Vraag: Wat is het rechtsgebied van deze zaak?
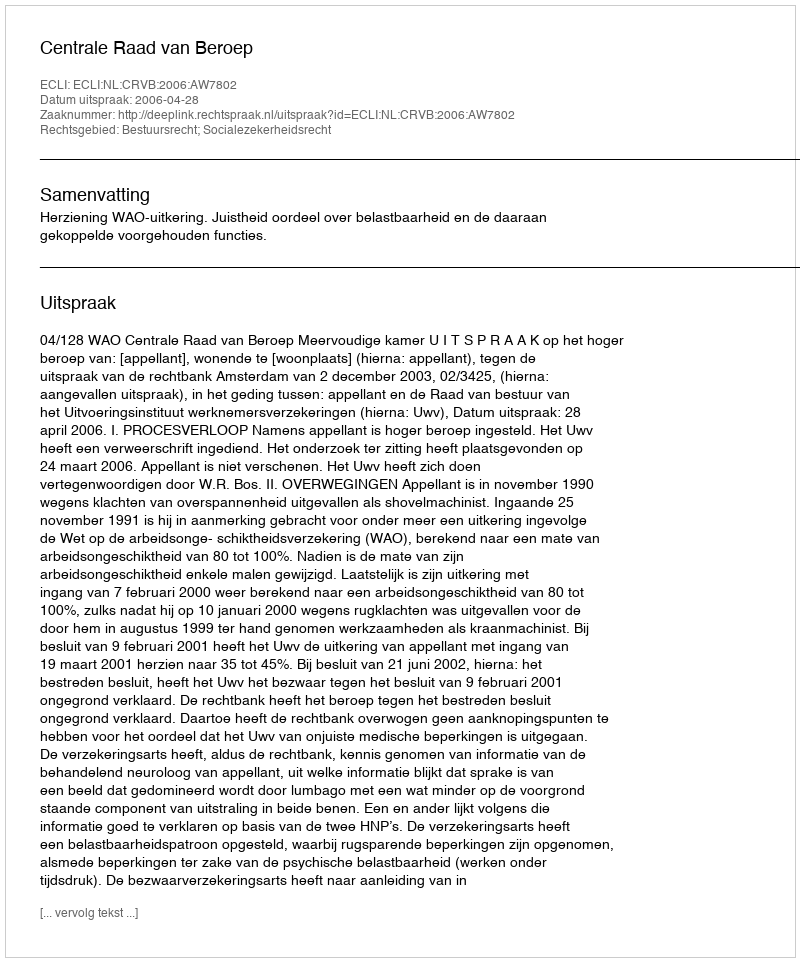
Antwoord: Bestuursrecht; Socialezekerheidsrecht